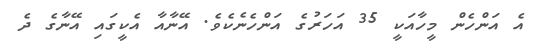
އެ އަންހެން މީހާއަކީ 35 އަހަރުގެ އަންހެނެކެވެ. އޭނާއާ އެކީގައި އޭނާގެ ދެ